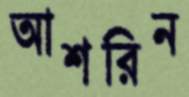
আশরিন